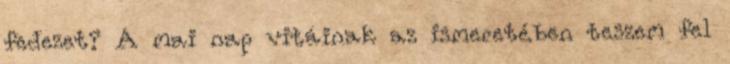
fedezet? A mai nap vitáinak az ismeretében teszem fel